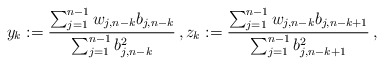
\begin{align*}y_k:=\frac{\sum_{j=1}^{n-1} w_{j,n-k}b_{j,n-k}}{\sum_{j=1}^{n-1} b_{j,n-k}^2}\,, z_k:=\frac{\sum_{j=1}^{n-1} w_{j,n-k}b_{j,n-k+1}}{\sum_{j=1}^{n-1} b_{j,n-k+1}^2}\,,\end{align*}